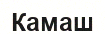
Камаш